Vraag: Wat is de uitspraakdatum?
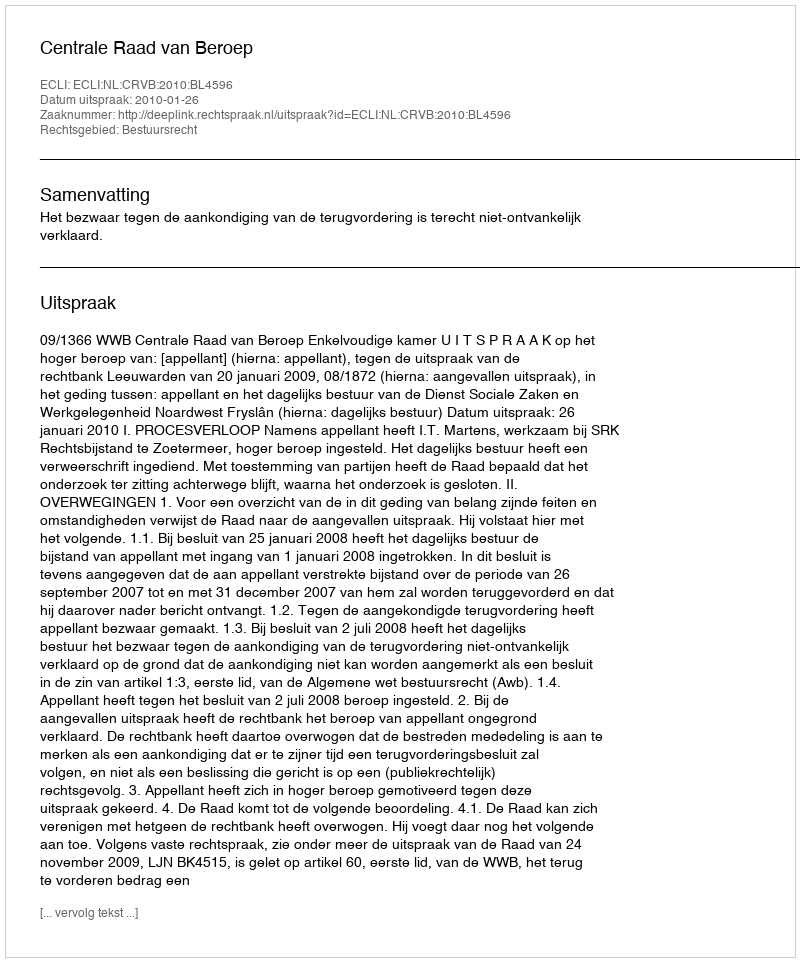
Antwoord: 2010-01-26